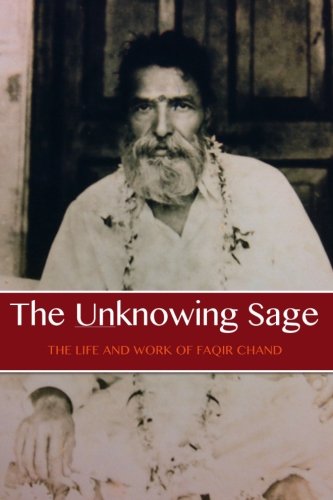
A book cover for The Unknowing Sage: The Life and Work of Faqir Chand; David Christopher Lane; Religion & Spirituality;